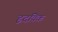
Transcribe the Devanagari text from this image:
हृदयिक